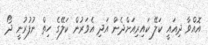
އޮއްވާ ދިއައީ ކަލޭ ކައިރިއަށްދެން އަދި އެވަރުން ކަލޭގެ ހިތް ނުފުރުނީ ދޯ